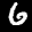
Label: 6